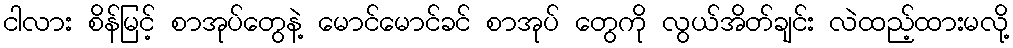
ငါလား စိန်မြင့် စာအုပ်တွေနဲ့ မောင်မောင်ခင် စာအုပ် တွေကို လွယ်အိတ်ချင်း လဲထည့်ထားမလို့